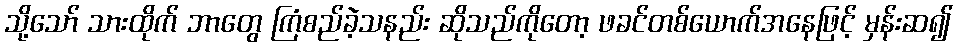
သို့သော် သားထိုက် ဘာတွေ ကြံစည်ခဲ့သနည်း ဆိုသည်ကိုတော့ ဖခင်တစ်ယောက်အနေဖြင့် မှန်းဆ၍